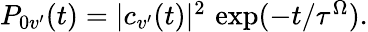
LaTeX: \begin{array}{r}{P_{0v^{\prime}}(t)=|c_{v^{\prime}}(t)|^{2}\, \exp(-t/\tau^{\Omega}).}\end{array}